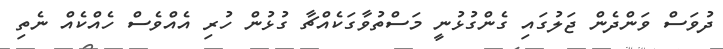
ދުވަސް ވަންދެން ޖަލުގައި ގެންގުޅުނީ މަސްތުވާގަކެއްޗާ ގުޅުން ހުރި އެއްވެސް ހެއްކެއް ނެތި